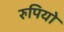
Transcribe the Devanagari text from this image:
रुपियो